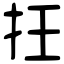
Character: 抂